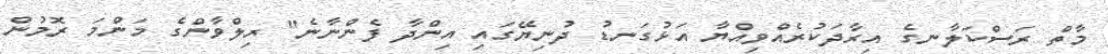
މާތް ރަސްކަލާނގެ އިރާދަކުރެއްވިއްޔާ އަޅުގަނޑު ދުނިޔޭގަައި އިންދާ ފެންނާނެ" ރިލްވާންގެ މަންމަ ރޮމުން